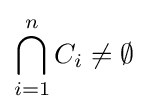
\bigcap _{i=1}^{n}C_{i}\neq \emptyset